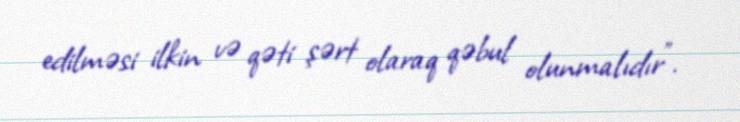
edilməsi ilkin və qəti şərt olaraq qəbul olunmalıdır”.